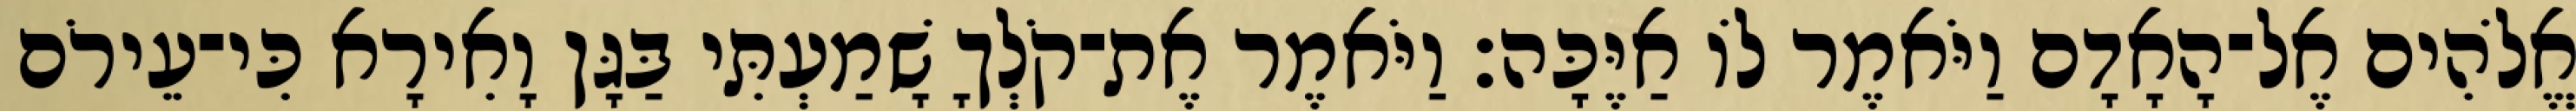
אֱלֹהִים אֶל־הָאָדָם וַיֹּאמֶר לֹו אַיֶּכָּה׃ וַיֹּאמֶר אֶת־קֹלְךָ שָׁמַעְתִּי בַּגָּן וָאִירָא כִּי־עֵירֹם